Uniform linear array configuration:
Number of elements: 4
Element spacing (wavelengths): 0.25
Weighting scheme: kaiser
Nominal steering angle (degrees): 0
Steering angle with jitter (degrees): -0.5101
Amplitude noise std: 0.05
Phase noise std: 0.05

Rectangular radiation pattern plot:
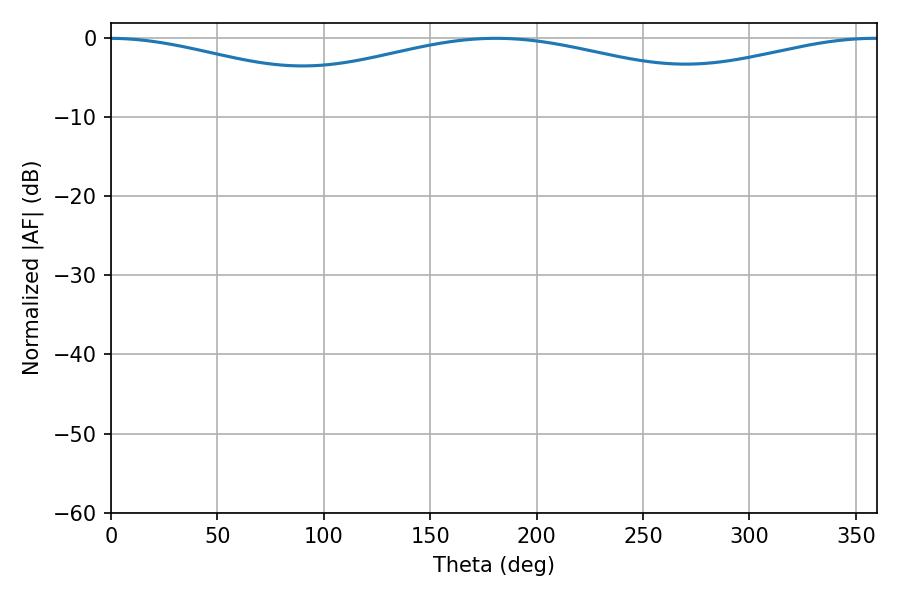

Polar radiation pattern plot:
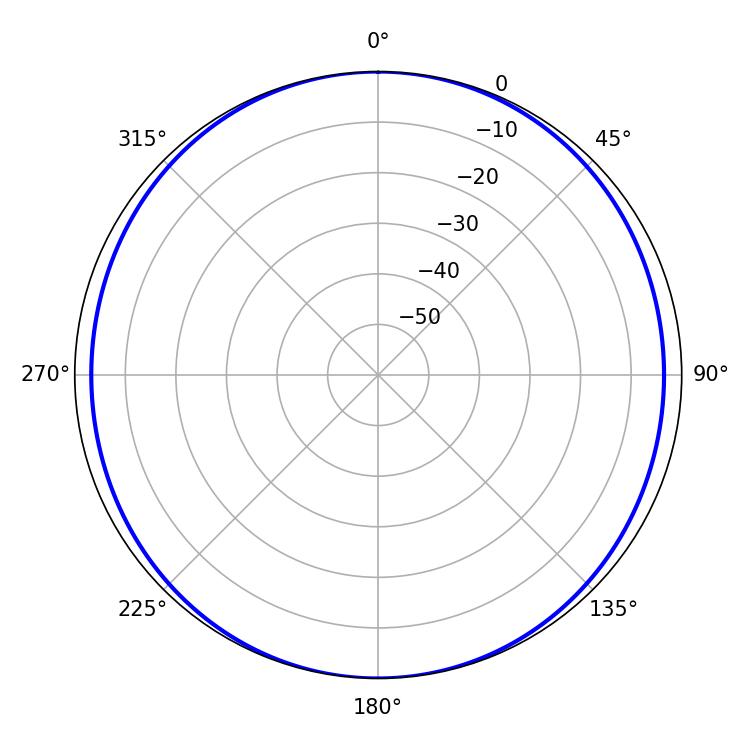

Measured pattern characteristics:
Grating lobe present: FALSE
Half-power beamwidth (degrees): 143.1
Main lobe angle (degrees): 180.9